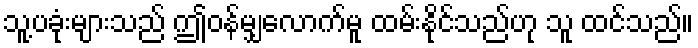
သူ့ပခုံးများသည် ဤဝန်မျှလောက်မူ ထမ်းနိုင်သည်ဟု သူ ထင်သည်။